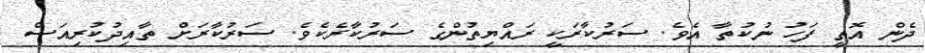
ދެން އޮތީ ފަހު ނުކުތާ އެވެ. ސަރުކާރަކީ ރައްޔިތުންގެ ސަރުކާރެކެވެ. ސަރުކާރަށް ތާއިދުކުރިއަސް